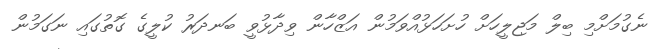
ނެގުމަށްމި ބިލް މަޖިލީހަށް ހުށަހަޅުއްވަމުން އަޒްހާން ވިދާޅުވީ ބަނދަރު ކުލީގެ ގޮތުގައި ނަގަމުން